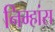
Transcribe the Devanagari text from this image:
निम्हांस